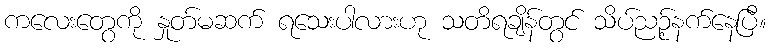
ကလေးတွေကို နှုတ်မဆက် ရသေးပါလားဟု သတိရချိန်တွင် သိပ်ညဉ့်နက်နေပြီ။